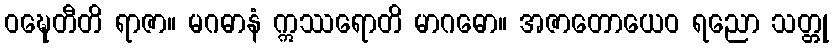
ဝဍ္ဎေတီတိ ရာဇာ။ မဂဓာနံ ဣဿရောတိ မာဂဓော။ အဇာတောယေဝ ရညော သတ္တု